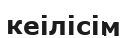
кеілісім